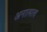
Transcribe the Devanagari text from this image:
अनात्मत्व